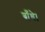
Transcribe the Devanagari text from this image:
बाँधे।